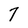
Character: 7